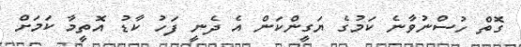
ގޮތް ހުސްނުވާނެ ކަމުގެ ޔަގީންކަން އެ ދެނީ ފަހު ކާޑު އޮތީމާ ކަމަށް